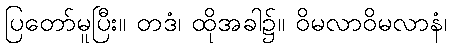
ပြတော်မူပြီး။ တဒံ၊ ထိုအခါ၌။ ဝိမလာဝိမလာနံ၊